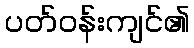
ပတ်ဝန်းကျင်၏